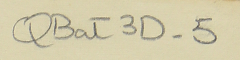
QBat3D-5